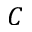
C